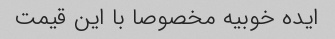
ایده خوبیه مخصوصا با این قیمت